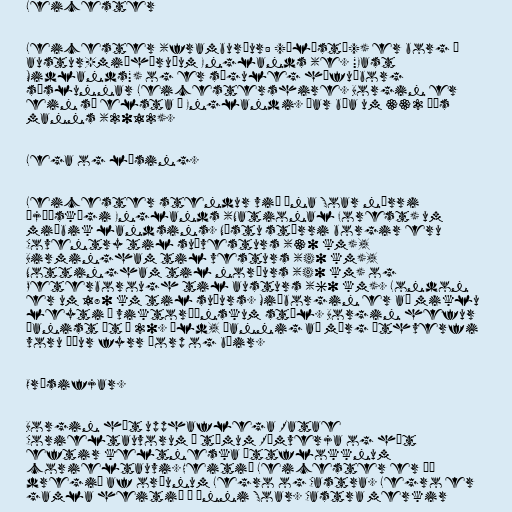
Leicester

Leicester (framburður: /ˈlɛstə/) er borg í
austur-miðhéruðum Englands (e. "East
Midlands") og er söguleg höfuðborg
sýslunnar Leicestershire. Borgin er
ein sú elsta í Englandi. Þar búa um 332 þús
manns (2012).

Lega og lýsing.

Leicester stendur við ána Soar nærri
Þjóðskógi Englands (National Forest) um
miðbik landsins. Næstu stærri borgir eru
Coventry til suðvesturs (30 km),
Birmingham til vesturs (40 km),
Nottingham til norðurs (40 km) og
Peterborough til austurs (60 km). London
er um 180 km til suðurs. Miðborgin er að miklu
leyti í viktoríönskum stíl. Borgin hefur
þanist út á 20. öld, þannig að mörg úthverfi
voru áður fyrr þorp og bæir.

Orðsifjar.

Borgin hét upphaflega Ratae
Corieltauvorum á tímum Rómverja og hét
eftir keltneska ættflokknum
corieltauvi. Heitið Leicester er þó
dregið af orðunum Legro og Castra. Legro er
gamla heitið á ánni Soar. Castra merkir